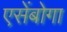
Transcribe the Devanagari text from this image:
एसेंबोगा